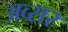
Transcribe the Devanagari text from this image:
अव्सर